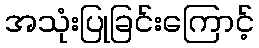
အသုံးပြုခြင်းကြောင့်